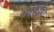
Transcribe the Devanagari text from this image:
भ्वाकृष्टि